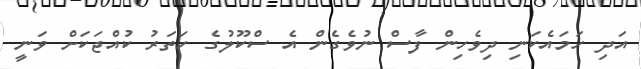
އަދި ހަމައެކަނި ދިވެހިން ފާސް ނުވެގެން އެ ސްކޫލުގެ ހަތަރު ކުއްޖަކަށް ވަނީ